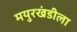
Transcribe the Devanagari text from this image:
मयुरखंडीला